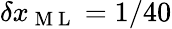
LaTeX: \delta x_{\mathrm{~M~L~}}=1/40